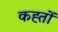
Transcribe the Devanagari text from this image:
कह्तों